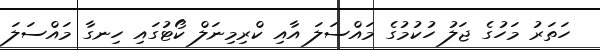
ހަތަރު މަހުގެ ޖަލު ހުކުމުގެ މައްސަލަ އާއި ކްރިމިނަލް ކޯޓުގައި ހިނގާ މައްސަލަ